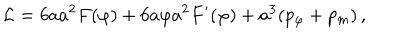
{ \cal L } = 6 a { \dot { a } } ^ { 2 } F ( \varphi ) + 6 { \dot { a } } { \dot { \varphi } } a ^ { 2 } F ^ { \prime } ( \varphi ) + a ^ { 3 } ( p _ { \varphi } + p _ { m } ) \, ,